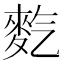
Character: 𪌇